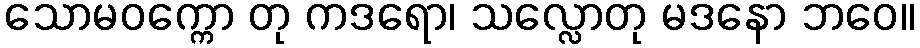
သောမဝက္ကော တု ကဒရော၊ သလ္လောတု မဒနော ဘဝေ။